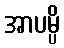
အာပမ္ပိ